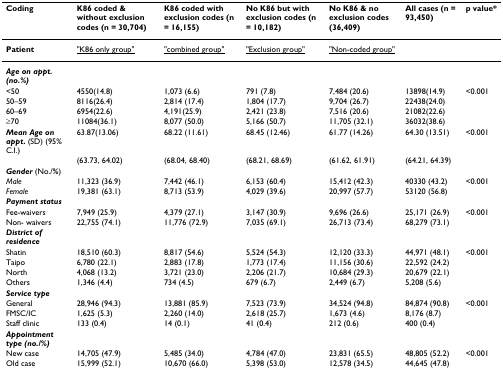
<table><thead><tr><td><b>Coding</b></td><td><b>K86 coded &amp; without exclusion codes (n = 30,704)</b></td><td><b>K86 coded with exclusion codes (n = 16,155)</b></td><td><b>No K86 but with exclusion codes (n = 10,182)</b></td><td><b>No K86 &amp; no exclusion codes (36,409)</b></td><td><b>All cases (n = 93,450)</b></td><td><b>p value*</b></td></tr></thead><tbody><tr><td><b>Patient</b></td><td><underline>&quot;K86 only group&quot;</underline></td><td><underline>&quot;combined group&quot;</underline></td><td><underline>&quot;Exclusion group&quot;</underline></td><td><underline>&quot;Non-coded group&quot;</underline></td><td></td><td></td></tr><tr><td><b><i>Age on appt. (no.%)</i></b></td><td></td><td></td><td></td><td></td><td></td><td></td></tr><tr><td>&lt;50</td><td>4550(14.8)</td><td>1,073 (6.6)</td><td>791 (7.8)</td><td>7,484 (20.6)</td><td>13898(14.9)</td><td>&lt;0.001</td></tr><tr><td>50–59</td><td>8116(26.4)</td><td>2,814 (17.4)</td><td>1,804 (17.7)</td><td>9,704 (26.7)</td><td>22438(24.0)</td><td></td></tr><tr><td>60–69</td><td>6954(22.6)</td><td>4,191(25.9)</td><td>2,421 (23.8)</td><td>7,516 (20.6)</td><td>21082(22.6)</td><td></td></tr><tr><td>≥70</td><td>11084(36.1)</td><td>8,077 (50.0)</td><td>5,166 (50.7)</td><td>11,705 (32.1)</td><td>36032(38.6)</td><td></td></tr><tr><td><b><i>Mean Age on appt</i>. </b>(SD) (95% C.I.)</td><td>63.87(13.06)</td><td>68.22 (11.61)</td><td>68.45 (12.46)</td><td>61.77 (14.26)</td><td>64.30 (13.51)</td><td>&lt;0.001</td></tr><tr><td></td><td>(63.73, 64.02)</td><td>(68.04, 68.40)</td><td>(68.21, 68.69)</td><td>(61.62, 61.91)</td><td>(64.21, 64.39)</td><td></td></tr><tr><td><b><i>Gender </i></b>(No./<b>%</b>)</td><td></td><td></td><td></td><td></td><td></td><td></td></tr><tr><td><i>Male</i></td><td>11,323 (36.9)</td><td>7,442 (46.1)</td><td>6,153 (60.4)</td><td>15,412 (42.3)</td><td>40330 (43.2)</td><td>&lt;0.001</td></tr><tr><td><i>Female</i></td><td>19,381 (63.1)</td><td>8,713 (53.9)</td><td>4,029 (39.6)</td><td>20,997 (57.7)</td><td>53120 (56.8)</td><td></td></tr><tr><td><b><i>Payment status</i></b></td><td></td><td></td><td></td><td></td><td></td><td></td></tr><tr><td>Fee-waivers</td><td>7,949 (25.9)</td><td>4,379 (27.1)</td><td>3,147 (30.9)</td><td>9,696 (26.6)</td><td>25,171 (26.9)</td><td>&lt;0.001</td></tr><tr><td>Non- waivers</td><td>22,755 (74.1)</td><td>11,776 (72.9)</td><td>7,035 (69.1)</td><td>26,713 (73.4)</td><td>68,279 (73.1)</td><td></td></tr><tr><td><b><i>District of residence</i></b></td><td></td><td></td><td></td><td></td><td></td><td></td></tr><tr><td>Shatin</td><td>18,510 (60.3)</td><td>8,817 (54.6)</td><td>5,524 (54.3)</td><td>12,120 (33.3)</td><td>44,971 (48.1)</td><td>&lt;0.001</td></tr><tr><td>Taipo</td><td>6,780 (22.1)</td><td>2,883 (17.8)</td><td>1,773 (17.4)</td><td>11,156 (30.6)</td><td>22,592 (24.2)</td><td></td></tr><tr><td>North</td><td>4,068 (13.2)</td><td>3,721 (23.0)</td><td>2,206 (21.7)</td><td>10,684 (29.3)</td><td>20,679 (22.1)</td><td></td></tr><tr><td>Others</td><td>1,346 (4.4)</td><td>734 (4.5)</td><td>679 (6.7)</td><td>2,449 (6.7)</td><td>5,208 (5.6)</td><td></td></tr><tr><td><b><i>Service type</i></b></td><td></td><td></td><td></td><td></td><td></td><td></td></tr><tr><td>General</td><td>28,946 (94.3)</td><td>13,881 (85.9)</td><td>7,523 (73.9)</td><td>34,524 (94.8)</td><td>84,874 (90.8)</td><td>&lt;0.001</td></tr><tr><td>FMSC/IC</td><td>1,625 (5.3)</td><td>2,260 (14.0)</td><td>2,618 (25.7)</td><td>1,673 (4.6)</td><td>8,176 (8.7)</td><td></td></tr><tr><td>Staff clinic</td><td>133 (0.4)</td><td>14 (0.1)</td><td>41 (0.4)</td><td>212 (0.6)</td><td>400 (0.4)</td><td></td></tr><tr><td><b><i>Appointment type (no./%)</i></b></td><td></td><td></td><td></td><td></td><td></td><td></td></tr><tr><td>New case</td><td>14,705 (47.9)</td><td>5,485 (34.0)</td><td>4,784 (47.0)</td><td>23,831 (65.5)</td><td>48,805 (52.2)</td><td>&lt;0.001</td></tr><tr><td>Old case</td><td>15,999 (52.1)</td><td>10,670 (66.0)</td><td>5,398 (53.0)</td><td>12,578 (34.5)</td><td>44,645 (47.8)</td><td></td></tr></tbody></table>